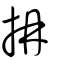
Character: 抩